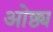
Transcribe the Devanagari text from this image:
ओष्ठ्य